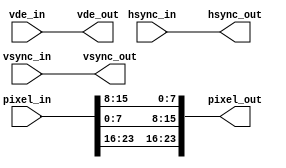
module color_swap(
    hsync_in,
    hsync_out,
    pixel_in,
    pixel_out,
    vde_in,
    vde_out,
    vsync_in,
    vsync_out
    );
    parameter input_format = "rgb";
    parameter output_format = "rbg";
    input hsync_in;
    output hsync_out;
    input vsync_in;
    output vsync_out;
    input [23:0]pixel_in;
    output [23:0]pixel_out;
    input vde_in;
    output vde_out;

wire [23:0]pixel_rgb;
assign hsync_out = hsync_in;
assign vsync_out = vsync_in;
assign vde_out = vde_in;

if (input_format == "rgb")
assign pixel_rgb[23:0] = {pixel_in[23:16],pixel_in[15:8],pixel_in[7:0]};
else if (input_format == "rbg")
assign pixel_rgb[23:0] = {pixel_in[23:16],pixel_in[7:0],pixel_in[15:8]};

if (output_format == "rgb")
assign pixel_out[23:0] = {pixel_rgb[23:16],pixel_rgb[15:8],pixel_rgb[7:0]};
else if (output_format == "rbg")
assign pixel_out[23:0] = {pixel_rgb[23:16],pixel_rgb[7:0],pixel_rgb[15:8]};

endmodule